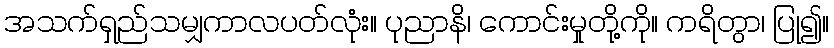
အသက်ရှည်သမျှကာလပတ်လုံး။ ပုညာနိ၊ ကောင်းမှုတို့ကို။ ကရိတွာ၊ ပြု၍။